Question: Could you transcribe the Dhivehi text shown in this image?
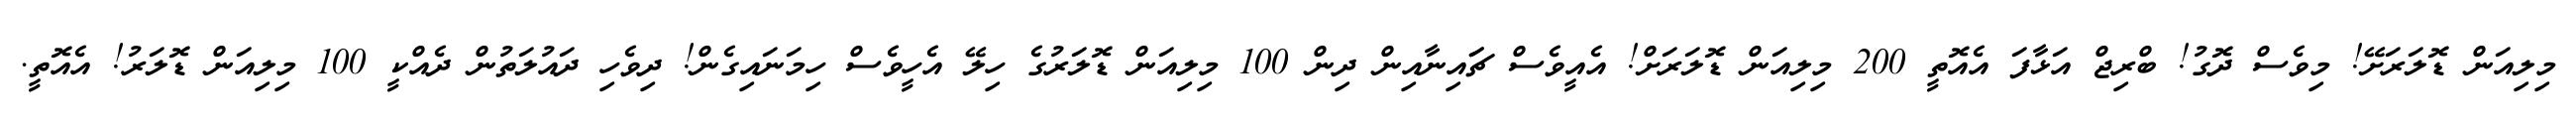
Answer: މިލިއަން ޑޮލަރަށޭ! މިވެސް ދޮގު! ބްރިޖް އަޅާފަ އެއޮތީ 200 މިލިއަން ޑޮލަރަށް! އެއީވެސް ޗަައިނާއިން ދިން 100 މިލިއަން ޑޮލަރުގެ ހިލޭ އެހީވެސް ހިމަނައިގެން! ދިވެހި ދައުލަތުން ދެއްކީ 100 މިލިއަން ޑޮލަރު! އެއޮތީ.